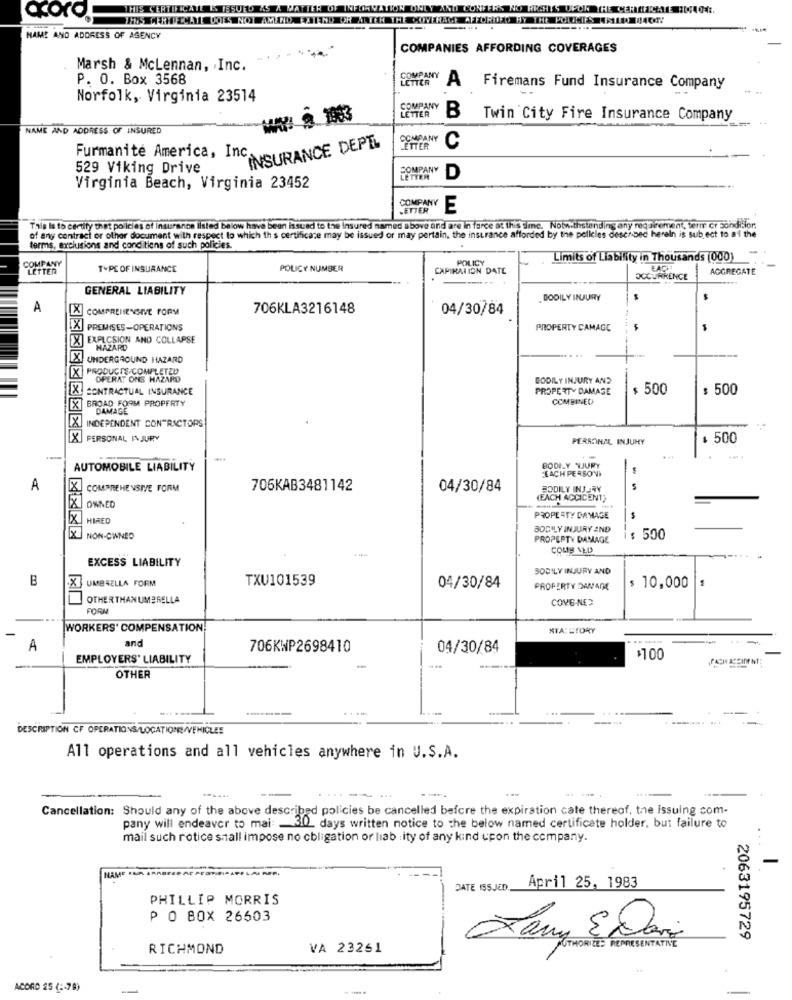
AND CONFER'S NO HRSHE'S DFOR THE CERTIFICATE :1440
NAME AND ADDRESS OF AGENCY
COMPANIES AFFORDING COVERAGES
Marsh & McLennan, Inc.
P. O. Box 3568
COMPANY
A Firemans Fund Insurance Company
-
Norfolk, Virginia 23514
LETTER
COMPANY
B Twin City Fire Insurance Company
NAME AND ADDRESS OF INSURED
COMPANY
INSURANCE DEPEL
LETTER
C
Furmanite America, Inc.
529 Viking Drive
COMPANY
LETTER
D
Virginia Beach, Virginia 23452
.ETTER
COMPANY
E
of any contract or other document with respect to which this certificate may be issued or may pertain, the insurance afforded by the policies described herein is subject to al the
Tals la to certify thet policies of insurance listed below have been issued to the insured named above and are in force at this time. Notwithsuinding any requirement, terre or sondifor.
terms, exclusions and conditions of such policies.
POLICY
Limits of Liability in Thousands [000)
COMPANY
LETTER
TYPE OF INSURANCE
POLICY NUMBER
CAPIRATION DATE
EACH
-
AGGREGATE
OCCURRENCE
GENERAL LIABILITY
BODILY INJURY
A
X COMPREHENSIVE FORM
706KLA3216148
04/30/84
PREMISES-OPERATIONS
PROPERTY CAMAGE
[X EXPLOSION AND COLLAPSE
HAZARD
UNDERGROUND HAZARD
XPRODUCTS/COMPLETZD
OPERAT ONS HAZARD
BODILY INJURY AND
[X]
CONTRACTUAL INSURANCE
PROPERTY DAMAGE
$ 500
$ 500
COMBINED
[X]BROAD FOOM PROPERTY
DAMAGE
INDEPENDENT CONTRACTORS
[X] PERSONAL INJURY
PERSONAL INJURY
$ 500
--
AUTOMOBILE LIABILITY
BODILY WJURY
"EACH PERSONI
A
COMPREHENSIVE FORM
706KAB3481142
04/30/84
BODILY INJURY
(EACH ACCICENT)
OWNED
X HIRED
PROPERTY DAMAGE
BODILY INJURY AND
NON-OWNED
PROPERTY DAMAGE
$ 500
COUS VED
EXCESS LIABILITY
BODILY INJURY AND
B
UMBRELLA FORM
TXU101539
10,000
x
04/30/84
PROPERTY DAMANE
OTHERTHANUMBRELLA
COYG-NES
FORM
WORKERS' COMPENSATION
STA:LTORY
and
-
A
706KWP2698410
04/30/84
EMPLOYERS' LIABILITY
$100
-
...
OTHER
....
DESCRIPTION CF OPERATIONS/LOCATIONS/VEHICLES
All operations and all vehicles anywhere in U.S.A.
---.
Cancellation: Should any of the above described policies be cancelled before the expiration cate thereof, the issuing com-
pany will endeavor to mai: _ 30 days written notice to the below named certificate holder, but failure to
mail such rotice shall impose no cbligation or liab : ity of any kind upon the company.
DATE 155JED.
April 25, 1983
PHILLIP MORRIS
P O BOX 26503
Larry E Dasi
2063195729
RICHMOND
VA 23261
RIZE REPRESENTATIVE
ACORD 25 ( :- 79)
-